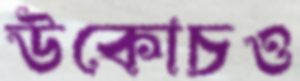
উকোচও